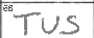
Transcription: TUS